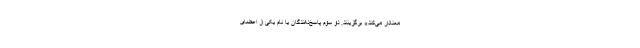
معنادار می‌کند» برگزینند. دو سوم پاسخ‌دهندگان یا نام یکی از اعضای